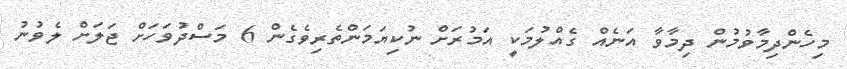
މިހެންދިމާވުމުން ދިމާވާ އަނެއް ގެއްލުމަކީ އަމުރަށް ނުކިޔަމަންތެރިވެގެން 6 މަސްދުވަހަށް ޖަލަށް ލެވުނު